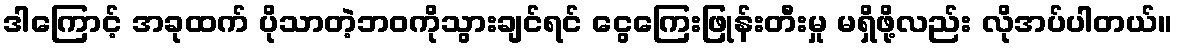
ဒါကြောင့် အခုထက် ပိုသာတဲ့ဘဝကိုသွားချင်ရင် ငွေကြေးဖြုန်းတီးမှု မရှိဖို့လည်း လိုအပ်ပါတယ်။